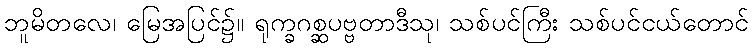
ဘူမိတလေ၊ မြေအပြင်၌။ ရုက္ခဂစ္ဆပဗ္ဗတာဒီသု၊ သစ်ပင်ကြီး သစ်ပင်ငယ်တောင်